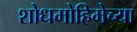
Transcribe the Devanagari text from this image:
शोधमोहिमेच्या